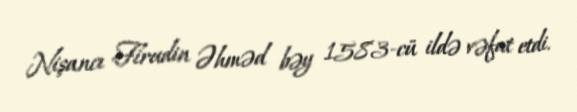
Nişancı Firudin Əhməd bəy 1583-cü ildə vəfat etdi.